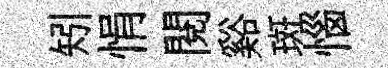
矧悁閱谿斑惱